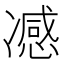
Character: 𭂢